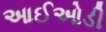
આઈઓડી